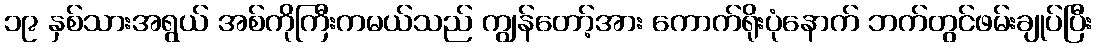
၁၉ နှစ်သားအရွယ် အစ်ကိုကြီးကမယ်သည် ကျွန်တော့်အား ကောက်ရိုးပုံနောက် ဘက်တွင်ဖမ်းချုပ်ပြီး